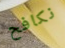
نكافح